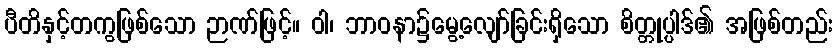
ပီတိနှင့်တကွဖြစ်သော ဉာဏ်ဖြင့်။ ဝါ၊ ဘာဝနာ၌မွေ့လျော်ခြင်းရှိသော စိတ္တုပ္ပါဒ်၏ အဖြစ်တည်း